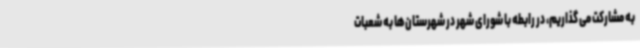
به مشارکت می گذاریم، در رابطه با شورای شهر در شهرستان‌ها به شعبات